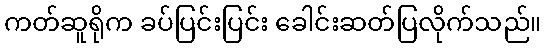
ကတ်ဆူရိုက ခပ်ပြင်းပြင်း ခေါင်းဆတ်ပြလိုက်သည်။